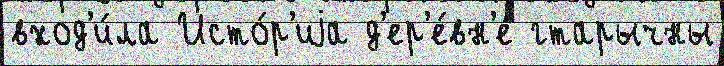
вход'и́ла Исто́р'иjа д'ер'е́вн'е гтарычны